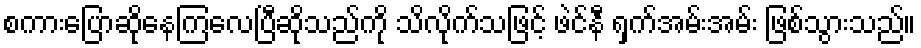
စကားပြောဆိုနေကြလေပြီဆိုသည်ကို သိလိုက်သဖြင့် ဖဲင်နီ ရှက်အမ်းအမ်း ဖြစ်သွားသည်။